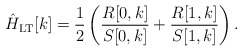
\begin{align*}\hat H_{\rm{LT}}[k] &= \frac{1}{2} \left( \frac{R[0, k]}{S[0, k]} + \frac{R[1, k]}{S[1, k]} \right).\end{align*}